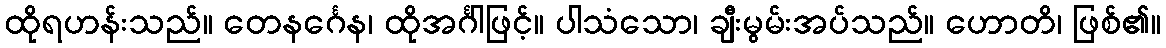
ထိုရဟန်းသည်။ တေနင်္ဂေန၊ ထိုအင်္ဂါဖြင့်။ ပါသံသော၊ ချီးမွမ်းအပ်သည်။ ဟောတိ၊ ဖြစ်၏။